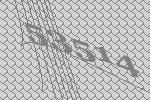
53514